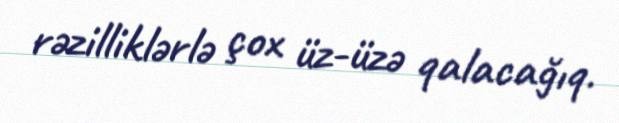
rəzilliklərlə çox üz-üzə qalacağıq.